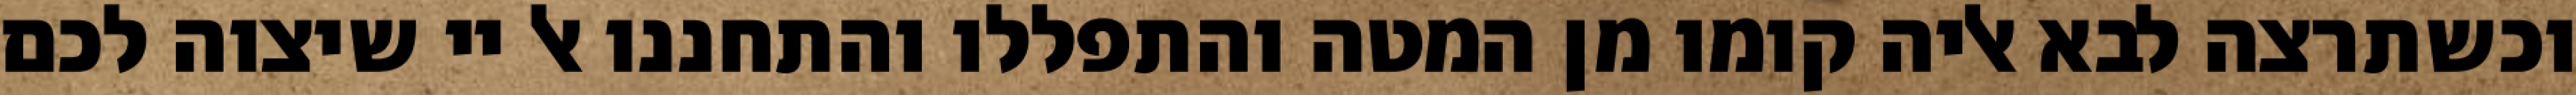
וכשתרצה לבא אליה קומו מן המטה והתפללו והתחננו אל יי שיצוה לכם